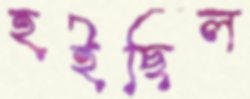
হইছিল